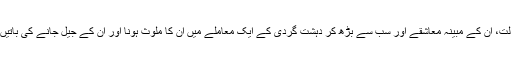
ان کی شراب نوشی اور منشیات کی لت، ان کے مبینہ معاشقے اور سب سے بڑھ کر دہشت گردی کے ایک معاملے میں ان کا ملوث ہونا اور ان کے جیل جانے کی باتیں بھرپور انداز میں پیش کی گئی ہیں۔